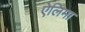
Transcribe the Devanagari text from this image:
ऐलिमा